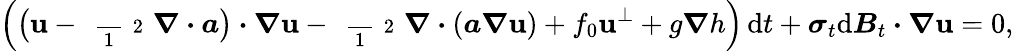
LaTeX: \Big(\big(\boldsymbol{\mathbf{u}}-\mathrm{{~\scriptsize~\frac{~}{{~1~}}~{~2~}~}}\boldsymbol{\nabla}\boldsymbol{\cdot}\boldsymbol{a}\big)\boldsymbol{\cdot}\boldsymbol{\nabla}\boldsymbol{\mathbf{u}}-\mathrm{{~\scriptsize~\frac{~}{{~1~}}~{~2~}~}}\boldsymbol{\nabla}\boldsymbol{\cdot}(\boldsymbol{a}\boldsymbol{\nabla}\boldsymbol{\mathbf{u}})+f_{0}\boldsymbol{\mathbf{u}}^{\perp}+g\boldsymbol{\nabla}h\Big)\, \mathrm{{d}}t+\boldsymbol{\sigma}_{t}\mathrm{{d}}\boldsymbol{B}_{t}\boldsymbol{\cdot}\boldsymbol{\nabla}\boldsymbol{\mathbf{u}}=0,